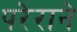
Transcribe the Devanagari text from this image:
परेराने